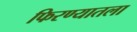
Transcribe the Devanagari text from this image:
फिरण्यातला